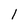
Character: l